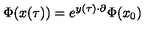
\Phi ( x ( \tau ) ) = e ^ { y ( \tau ) \cdot \partial } \Phi ( x _ { 0 } )